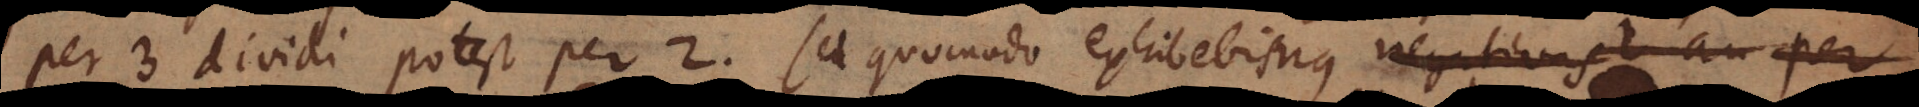
per 3 dividi potest per 2. Sed quomodo exhibebimus negativas? an per